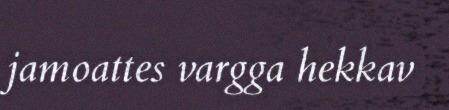
jamoattes vargga hekkav